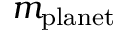
m _ { \mathrm { p l a n e t } }